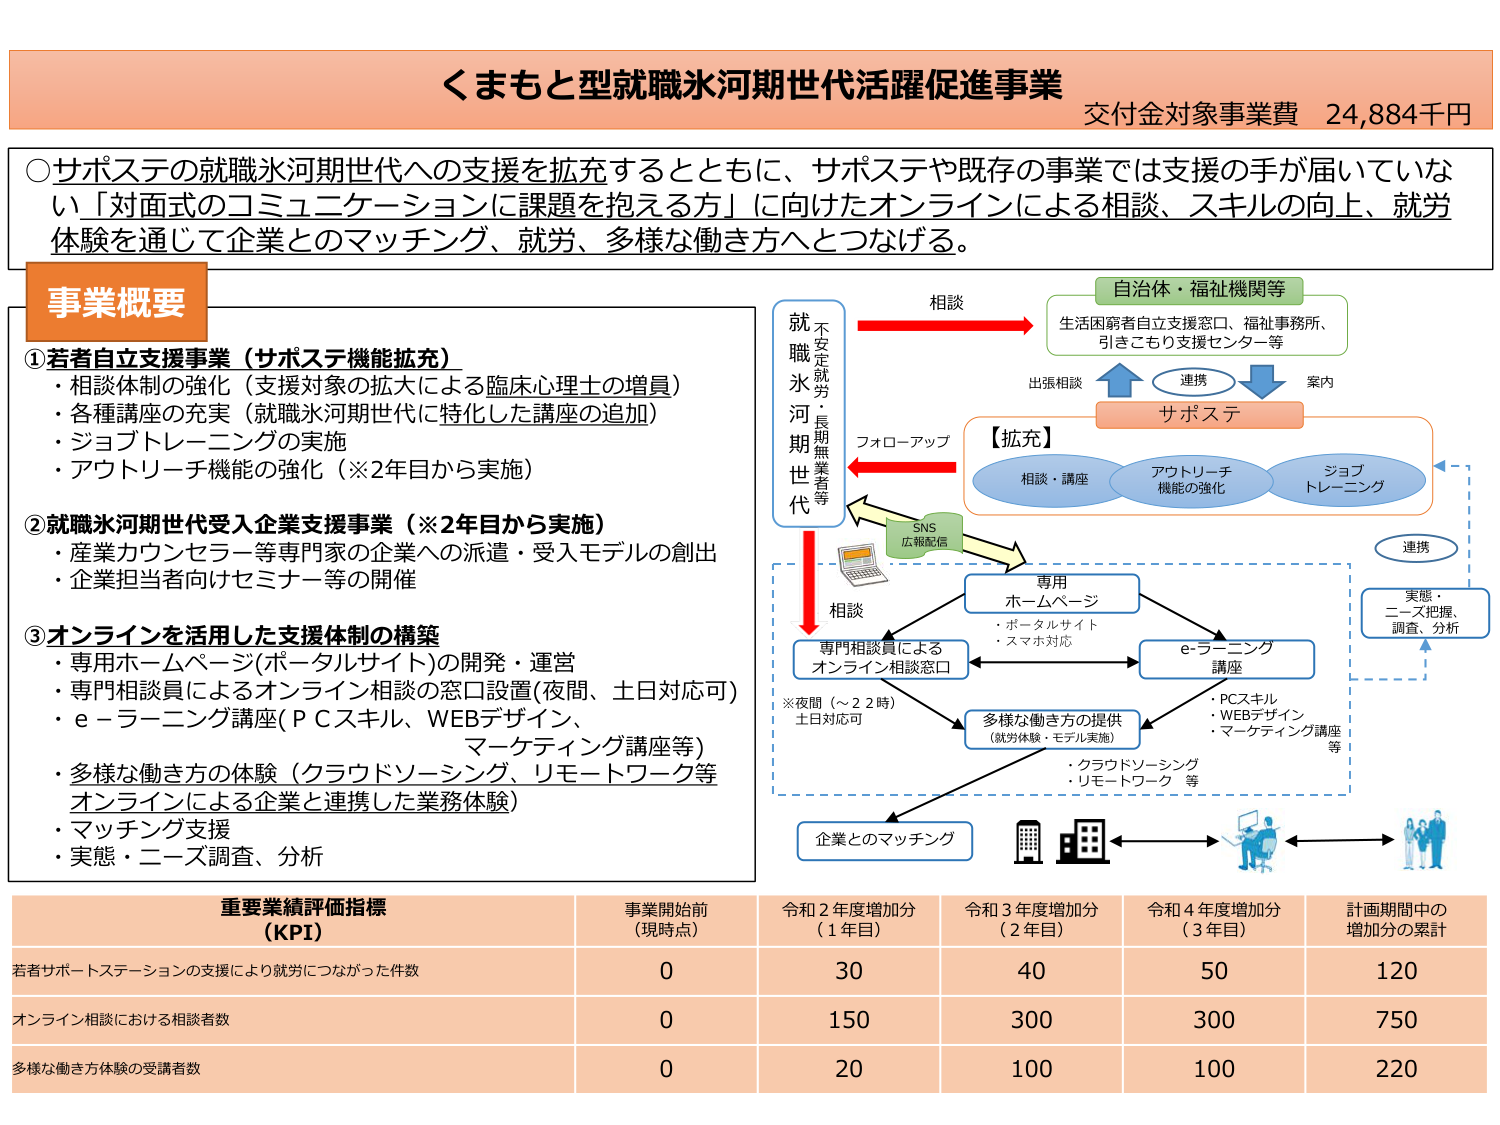
くまもと型就職氷河期世代活躍促進事業
交付金対象事業費 24,884千円

○サポステの就職氷河期世代への支援を拡充するとともに、サポステや既存の事業では支援の手が届いていない「対面式のコミュニケーションに課題を抱える方」に向けたオンラインによる相談、スキルの向上、就労体験を通じて企業とのマッチング、就労、多様な働き方へとつなげる。

**事業概要**

①若者自立支援事業（サポステ機能拡充）
・相談体制の強化（支援対象の拡大による臨床心理士の増員）
・各種講座の充実（就職氷河期世代に特化した講座の追加）
・ジョブトレーニングの実施
・アウトリーチ機能の強化（※2年目から実施）

②就職氷河期世代受入企業支援事業（※2年目から実施）
・産業カウンセラー等専門家の企業への派遣・受入モデルの創出
・企業担当者向けセミナー等の開催

③オンラインを活用した支援体制の構築
・専用ホームページ(ポータルサイト)の開発・運営
・専門相談員によるオンライン相談の窓口設置(夜間、土日対応可)
・e－ラーニング講座(PCスキル、WEBデザイン、マーケティング講座等)
・多様な働き方の体験（クラウドソーシング、リモートワーク等オンラインによる企業と連携した業務体験）
・マッチング支援
・実態・ニーズ調査、分析

**重要業績評価指標 (KPI)**
| | 事業開始前 (現時点) | 令和2年度増加分 (1年目) | 令和3年度増加分 (2年目) | 令和4年度増加分 (3年目) | 計画期間中の増加分の累計 |
|---|---|---|---|---|---|
| 若者サポートステーションの支援により就労につながった件数 | 0 | 30 | 40 | 50 | 120 |
| オンライン相談における相談者数 | 0 | 150 | 300 | 300 | 750 |
| 多様な働き方体験の受講者数 | 0 | 20 | 100 | 100 | 220 |

**図解部分のテキスト**

就職氷河期世代（不安定就労・長期無業者等）
→ 相談 → 自治体・福祉機関等（生活困窮者自立支援窓口、福祉事務所、引きこもり支援センター等）
→ 出張相談 ←→ 連携 ←→ 案内 → サポステ
→ フォローアップ ←→ 【拡充】相談・講座、アウトリーチ機能の強化、ジョブトレーニング
→ SNS広報配信 → 専用ホームページ（ポータルサイト、スマホ対応）
→ 専門相談員によるオンライン相談窓口（※夜間（～22時）、土日対応可）
→ e-ラーニング講座（PCスキル、WEBデザイン、マーケティング講座等）
→ 多様な働き方の提供（就労体験・モデル実施）（クラウドソーシング、リモートワーク等）
→ 企業とのマッチング
→ 実態・ニーズ把握、調査、分析
→ 連携

（図中の矢印やアイコンは図解の一部であり、テキストとして記載されていない）